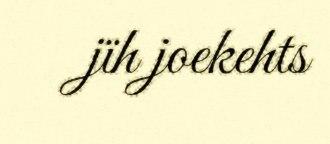
jïh joekehts